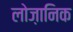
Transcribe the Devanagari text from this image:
लोज़ानिक